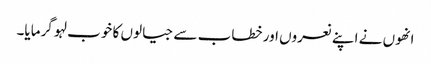
انھوں نے اپنے نعروں اور خطاب سے جیالوں کا خوب لہو گرمایا۔